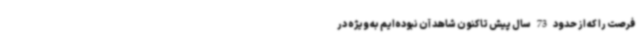
فرصت را که از حدود 73 سال پیش تاکنون شاهد آن نبوده‌ایم به ویژه در